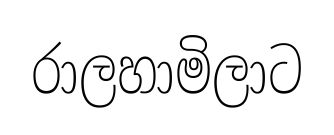
රාලහාමිලාට